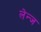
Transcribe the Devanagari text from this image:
लेन्ज